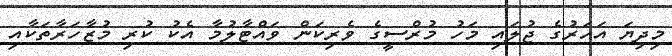
މިދިޔަ އަހަރުގެ ޖުލައި މަހު މުރްސީގެ ވެރިކަން ވައްޓާލުމާ އެކު ކުރި މުޒާހަރާތަކާއި